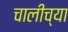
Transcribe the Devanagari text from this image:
चालीच्या